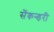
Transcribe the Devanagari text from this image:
सेंकन्‍डरी